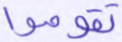
تقوموا